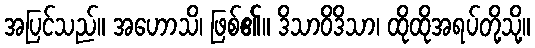
အပြင်သည်။ အဟောသိ၊ ဖြစ်၏။ ဒိသာဝိဒိသာ၊ ထိုထိုအရပ်တို့သို့။